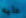
عليه